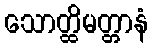
သောတ္ထိမတ္တာနံ